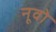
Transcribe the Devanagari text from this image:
नूवो